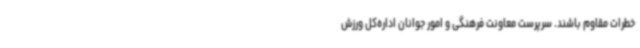
خطرات مقاوم باشند. سرپرست معاونت فرهنگی و امور جوانان اداره‌کل ورزش